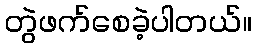
တွဲဖက်စေခဲ့ပါတယ်။